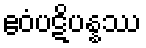
ဧဝံပဋိပန္နဿ